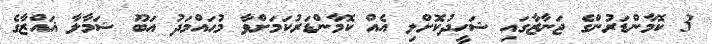
3 ކޮމާންޑަރުންގެ ޖަނާޒާގައި ޝަހީދުކޮށްލި އެއް ކޮމާންޑަރުކަމަށްވާ މުޙައްމަދު އަބޫ ޝަމާލާ ޣައްޒާގެ